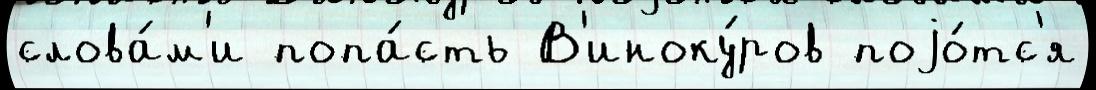
слова́м'и попа́сть В'иноку́ров поjо́тс'я